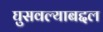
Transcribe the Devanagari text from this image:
घुसवल्याबद्दल